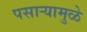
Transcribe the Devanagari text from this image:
पसाऱ्यामुळे